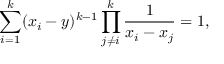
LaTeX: \sum _ { i = 1 } ^ { k } ( x _ { i } - y ) ^ { k - 1 } \prod _ { j \ne i } ^ { k } \frac { 1 } { x _ { i } - x _ { j } } = 1 ,